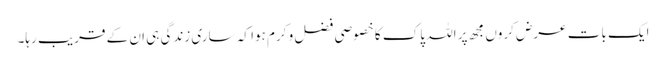
ایک بات عرض کروں مجھ پر اللہ پاک کا خصوصی فضل و کرم ہوا کہ ساری زندگی ہی ان کے قریب رہا۔